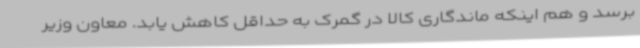
برسد و هم اینکه ماندگاری کالا در گمرک به حداقل کاهش یابد. معاون وزیر